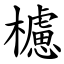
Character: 櫖